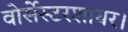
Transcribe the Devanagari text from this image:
वोर्सेस्टरशायर।